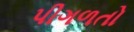
પીગળતો